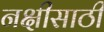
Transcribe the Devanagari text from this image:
नक्षीसाठी